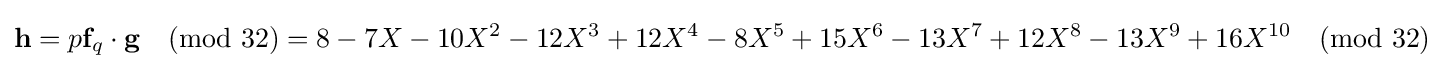
{\textbf {h}}=p{\textbf {f}}_{q}\cdot {\textbf {g}}{\pmod {32}}=8-7X-10X^{2}-12X^{3}+12X^{4}-8X^{5}+15X^{6}-13X^{7}+12X^{8}-13X^{9}+16X^{10}{\pmod {32}}